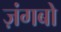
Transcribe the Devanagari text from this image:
ज़ंगबो